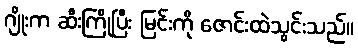
ဂျိုးက ဆီးကြိုပြီး မြင်းကို ဇောင်းထဲသွင်းသည်။